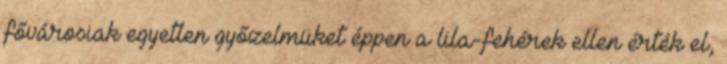
fővárosiak egyetlen győzelmüket éppen a lila-fehérek ellen érték el,